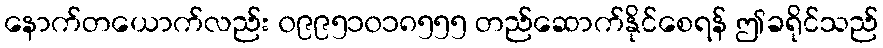
နောက်တယောက်လည်း ၀၉၉၅၁၀၁၈၅၅၅ တည်ဆောက်နိုင်စေရန် ဤခရိုင်သည်